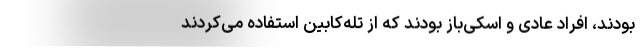
بودند، افراد عادی و اسکی‌باز بودند که از تله‌کابین استفاده می‌کردند